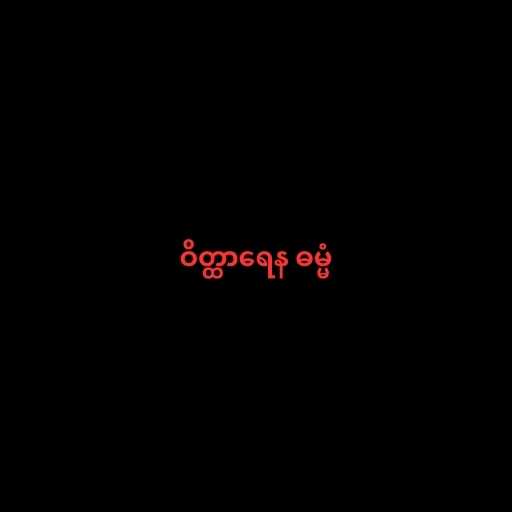
ဝိတ္ထာရေန ဓမ္မံ